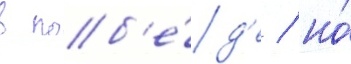
в поб'е́д'е / но́